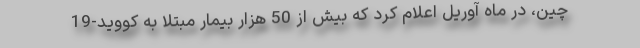
چین، در ماه آوریل اعلام کرد که بیش از 50 هزار بیمار مبتلا به کووید-19